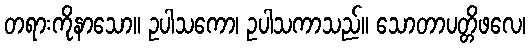
တရားကိုနာသော။ ဥပါသကော၊ ဥပါသကာသည်။ သောတာပတ္တိဖလေ၊